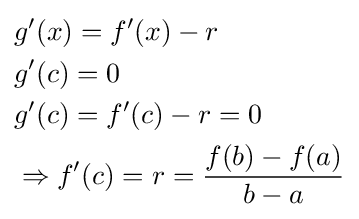
{\begin{aligned}&g'(x)=f'(x)-r\\&g'(c)=0\\&g'(c)=f'(c)-r=0\\&\Rightarrow f'(c)=r={\frac {f(b)-f(a)}{b-a}}\end{aligned}}